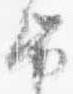
紙